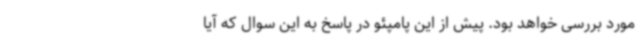
مورد بررسی خواهد بود. پیش از این پامپئو در پاسخ به این سوال که آیا